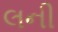
લની